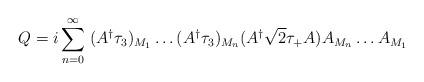
LaTeX: \begin{align*}Q = i \sum_{n=0}^{\infty} \; (A^{\dagger}\tau_{3})_{M_{1}} \ldots (A^{\dagger}\tau_{3})_{M_{n}}(A^{\dagger} {\sqrt 2}\tau_{+}A)A_{M_{n}} \ldots A_{M_{1}} \end{align*}